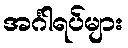
အင်္ဂါရပ်များ